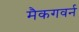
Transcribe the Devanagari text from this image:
मैकगवर्न